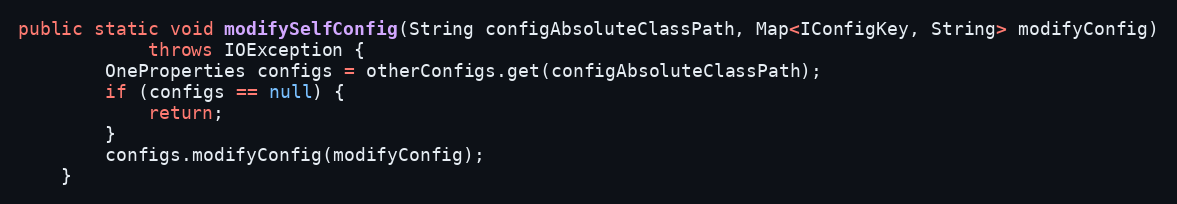
Language: Java
public static void modifySelfConfig(String configAbsoluteClassPath, Map<IConfigKey, String> modifyConfig)
            throws IOException {
        OneProperties configs = otherConfigs.get(configAbsoluteClassPath);
        if (configs == null) {
            return;
        }
        configs.modifyConfig(modifyConfig);
    }